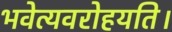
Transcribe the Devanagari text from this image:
भवेत्यवरोहयति।